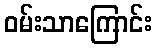
ဝမ်းသာကြောင်း